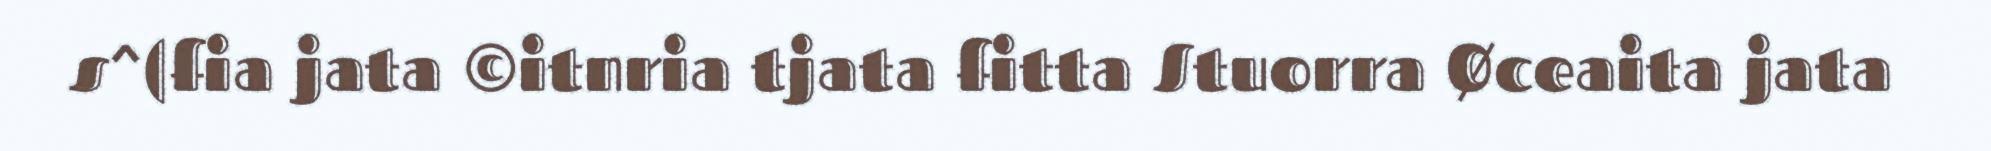
s^(fia jata ©itnria tjata fitta Stuorra Øceaita jata